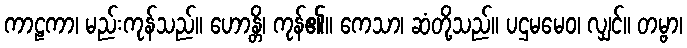
ကာဠကာ၊ မည်းကုန်သည်။ ဟောန္တိ၊ ကုန်၏။ ကေသာ၊ ဆံတို့သည်။ ပဌမမေဝ၊ လျှင်။ တမ္ဗာ၊